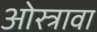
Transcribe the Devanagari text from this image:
ओस्त्रावा